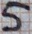
Text: 5